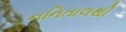
નનિતાલથી